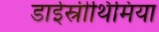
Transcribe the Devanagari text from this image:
डाईस्रीथिमिया